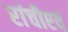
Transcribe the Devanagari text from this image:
रांचीएवं